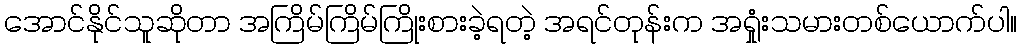
အောင်နိုင်သူဆိုတာ အကြိမ်ကြိမ်ကြိုးစားခဲ့ရတဲ့ အရင်တုန်းက အရှုံးသမားတစ်ယောက်ပါ။